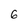
Character: 6